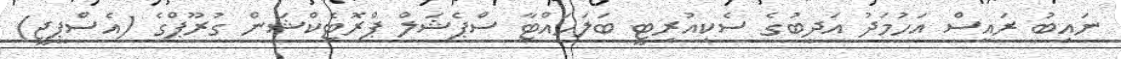
ނައިބު ރައީސް އަހުމަދު އަދީބުގެ ސެކިއުރިޓީ ބަލަހައްޓާ ސްޕެޝަލް ޕްރޮޓެކްޝަން ގުރޫޕްގެ (އެސްޕީޖީ)